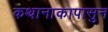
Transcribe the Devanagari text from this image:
कथानाकापासुन